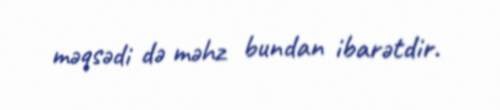
məqsədi də məhz bundan ibarətdir.